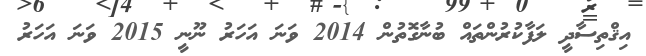
އިޤްތިސާދީ ލަފާކުރުންތައް ބުނާގޮތުން 2014 ވަނަ އަހަރު ނޫނީ 2015 ވަނަ އަހަރު